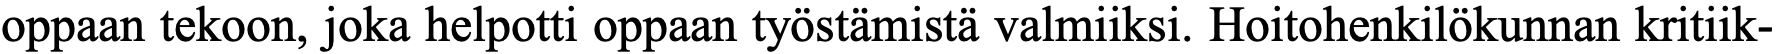
oppaan tekoon, joka helpotti oppaan työstämistä valmiiksi. Hoitohenkilökunnan kritiik-